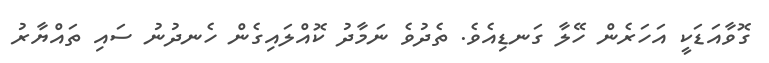
ގޮވާއަޑަކީ އަހަރެން ހޭލާ ގަނޑިއެވެ. ތެދުވެ ނަމާދު ކޮއްލައިގެން ހެނދުނު ސައި ތައްޔާރު